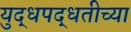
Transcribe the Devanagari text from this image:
युद्धपद्धतीच्या